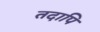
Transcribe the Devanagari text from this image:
तदापि